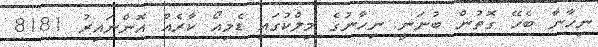
ނިހާނާ ބެހޭ ގޮތުން ބުނަނީ ނިހާނުގެ މިލްކުގައި ޑެމިއޯ ކާރެއް އޮންނައިރު 8181